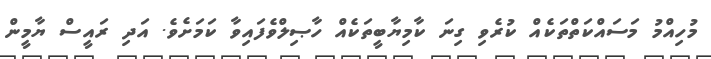
މުހިއްމު މަސައްކަތްތަކެއް ކުރެވި ގިނަ ކާމިޔާބީތަކެއް ހާޞިލްވެފައިވާ ކަމަށެވެ. އަދި ރައީސް ޔާމީން